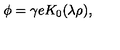
\phi = \gamma e K _ { 0 } ( \lambda \rho ) ,